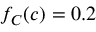
\textstyle f _ { C } ( c ) = 0 . 2